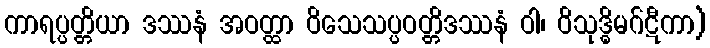
ကာရပ္ပတ္တိယာ ဒဿနံ အဝတ္ထာ ဝိသေသပ္ပဝတ္တိဒဿနံ ဝါ၊ ဝိသုဒ္ဓိမဂ်ဋီကာ)